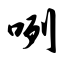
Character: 咧